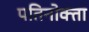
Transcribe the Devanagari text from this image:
पतिनोक्ता